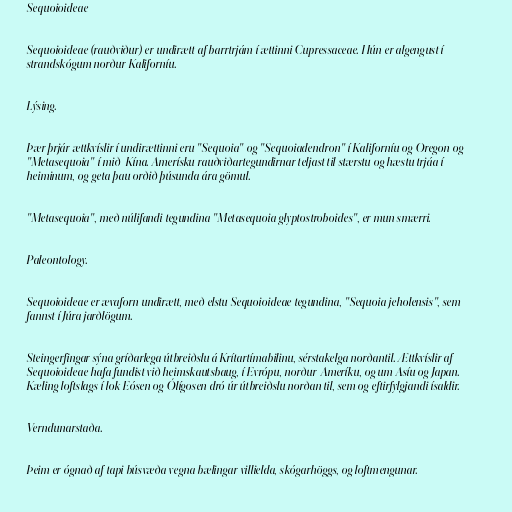
Sequoioideae

Sequoioideae (rauðviður) er undirætt af barrtrjám í ættinni Cupressaceae. Hún er algengust í
strandskógum norður Kaliforníu.

Lýsing.

Þær þrjár ættkvíslir í undirættinni eru "Sequoia" og "Sequoiadendron" í Kaliforníu og Oregon og
"Metasequoia" í mið-Kína. Amerísku rauðviðartegundirnar teljast til stærstu og hæstu trjáa í
heiminum, og geta þau orðið þúsunda ára gömul.

"Metasequoia", með núlifandi tegundina "Metasequoia glyptostroboides", er mun smærri.

Paleontology.

Sequoioideae er ævaforn undirætt, með elstu Sequoioideae tegundina, "Sequoia jeholensis", sem
fannst í Júra jarðlögum.

Steingerfingar sýna gríðarlega útbreiðslu á Krítartímabilinu, sérstakelga norðantil. Ættkvíslir af
Sequoioideae hafa fundist við heimskautsbaug, í Evrópu, norður-Ameríku, og um Asíu og Japan.
Kæling loftslags í lok Eósen og Ólígosen dró úr útbreiðslu norðan til, sem og eftirfylgjandi ísaldir.

Verndunarstaða.

Þeim er ógnað af tapi búsvæða vegna bælingar villielda, skógarhöggs, og loftmengunar.